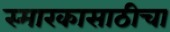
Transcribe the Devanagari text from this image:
स्मारकासाठीचा